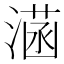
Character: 𣼏